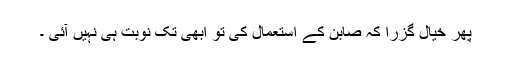
پھر خیال گزرا کہ صابن کے استعمال کی تو ابھی تک نوبت ہی نہیں آئی ۔